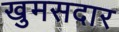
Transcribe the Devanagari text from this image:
खुमसदार